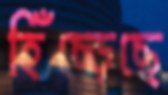
হিঁচ্‌ড়েছে